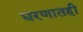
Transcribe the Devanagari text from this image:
धरणातही